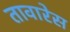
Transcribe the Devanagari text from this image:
तावारेस